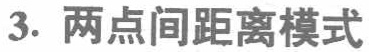
3. 两点间距离模式